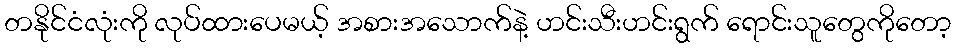
တနိုင်ငံလုံးကို လုပ်ထားပေမယ့် အစားအသောက်နဲ့ ဟင်းသီးဟင်းရွက် ရောင်းသူတွေကိုတော့